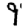
Digit: 9